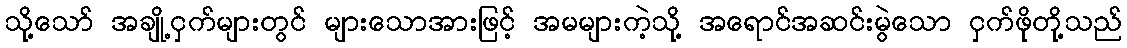
သို့သော် အချို့ငှက်များတွင် များသောအားဖြင့် အမများကဲ့သို့ အရောင်အဆင်းမွဲသော ငှက်ဖိုတို့သည်